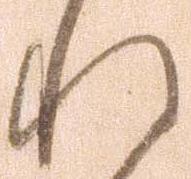
れ